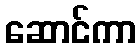
ဆောင်ကာ